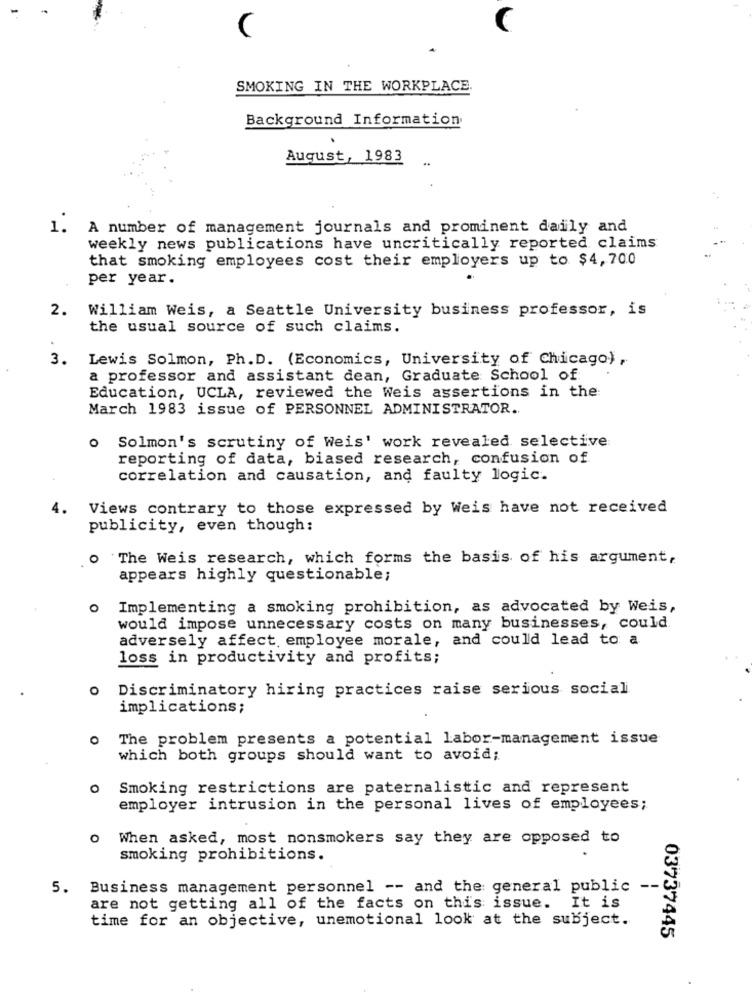
SMOKING IN THE WORKPLACE.
Background Information.
August, 1983
1.
A number of management journals and prominent daily and
weekly news publications have uncritically reported claims
that smoking employees cost their employers up to $4,700
per year.
William Weis, a Seattle University business professor, is
2.
the usual source of such claims.
3.
Lewis Solmon, Ph. D. (Economics, University of Chicago),
a professor and assistant dean, Graduate School of
Education, UCLA, reviewed the Weis assertions in the:
March 1983 issue of PERSONNEL ADMINISTRATOR.
o Solmon's scrutiny of Weis' work revealed selective
reporting of data, biased research, confusion of
correlation and causation, and faulty logic.
Views contrary to those expressed by Weis have not received
publicity, even though:
O
`The Weis research, which forms the basis of his argument,
appears highly questionable;
0
Implementing a smoking prohibition, as advocated by Weis,
would impose unnecessary costs on many businesses, could.
adversely affect, employee morale, and could lead to a
loss in productivity and profits;
Discriminatory hiring practices raise serious social
implications;
The problem presents a potential labor-management issue
which both groups should want to avoid;
O
Smoking restrictions are paternalistic and represent
employer intrusion in the personal lives of employees;
o When asked, most nonsmokers say they are opposed to
smoking prohibitions.
5. Business management personnel -- and the general public --
are not getting all of the facts on this issue. It is
time for an objective, unemotional look at the subject.
03737445